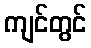
ကျင်တွင်